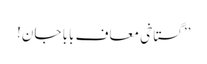
’’گستاخی معاف بابا جان!